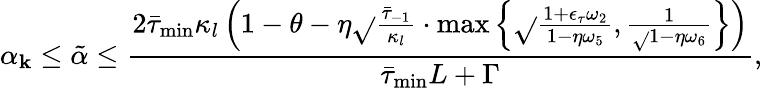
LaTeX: \alpha_{\mathbf{k}}\leq\tilde{{\alpha}}\leq\frac{{2\bar{{\tau}}_{\operatorname*{min}}\kappa_{l}\left(1-\theta-\eta\sqrt{}{{\frac{{\bar{{\tau}}_{-1}}}{{\kappa_{l}}}}}\cdot\operatorname*{max}\left\{ \sqrt{}{{\frac{{1+\epsilon_{\tau}\omega_{2}}}{{1-\eta\omega_{5}}}}},\frac{{1}}{{\sqrt{}{{1-\eta\omega_{6}}}}}\right\} \right)}}{{\bar{{\tau}}_{\operatorname*{min}}L+\Gamma}},